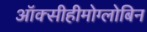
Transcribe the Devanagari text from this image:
ऑक्सीहीमोग्लोबिन